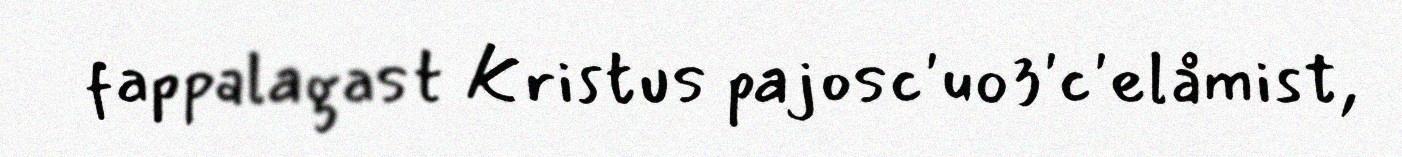
fappalagast Kristus pajosc'uo3'c'elåmist,